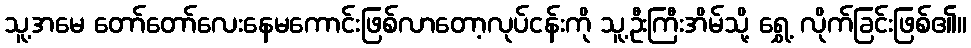
သူ့အမေ တော်တော်လေးနေမကောင်းဖြစ်လာတော့လုပ်ငန်းကို သူ့ဦးကြီးအိမ်သို့ ရွှေ့ လိုက်ခြင်းဖြစ်၏။